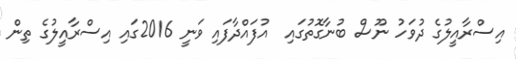
އިސްރާއީލުގެ ދުވަހު ނޫސް ބުނާގޮތުގައި  އުފައްދާފައި ވަނީ 2016ގައި އިސްރާއީލުގެ ތިން